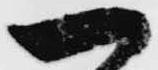
一